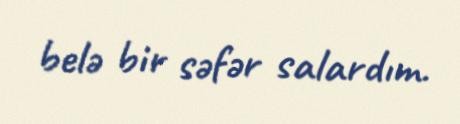
belə bir səfər salardım.